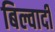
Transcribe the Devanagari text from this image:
बिल्वादी